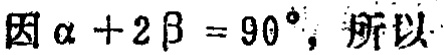
因\(\alpha + 2\beta = 90^{\circ}\)，所以